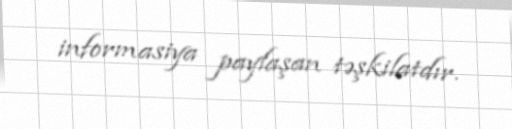
informasiya paylaşan təşkilatdır.